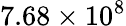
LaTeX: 7.68\times 10^{8}